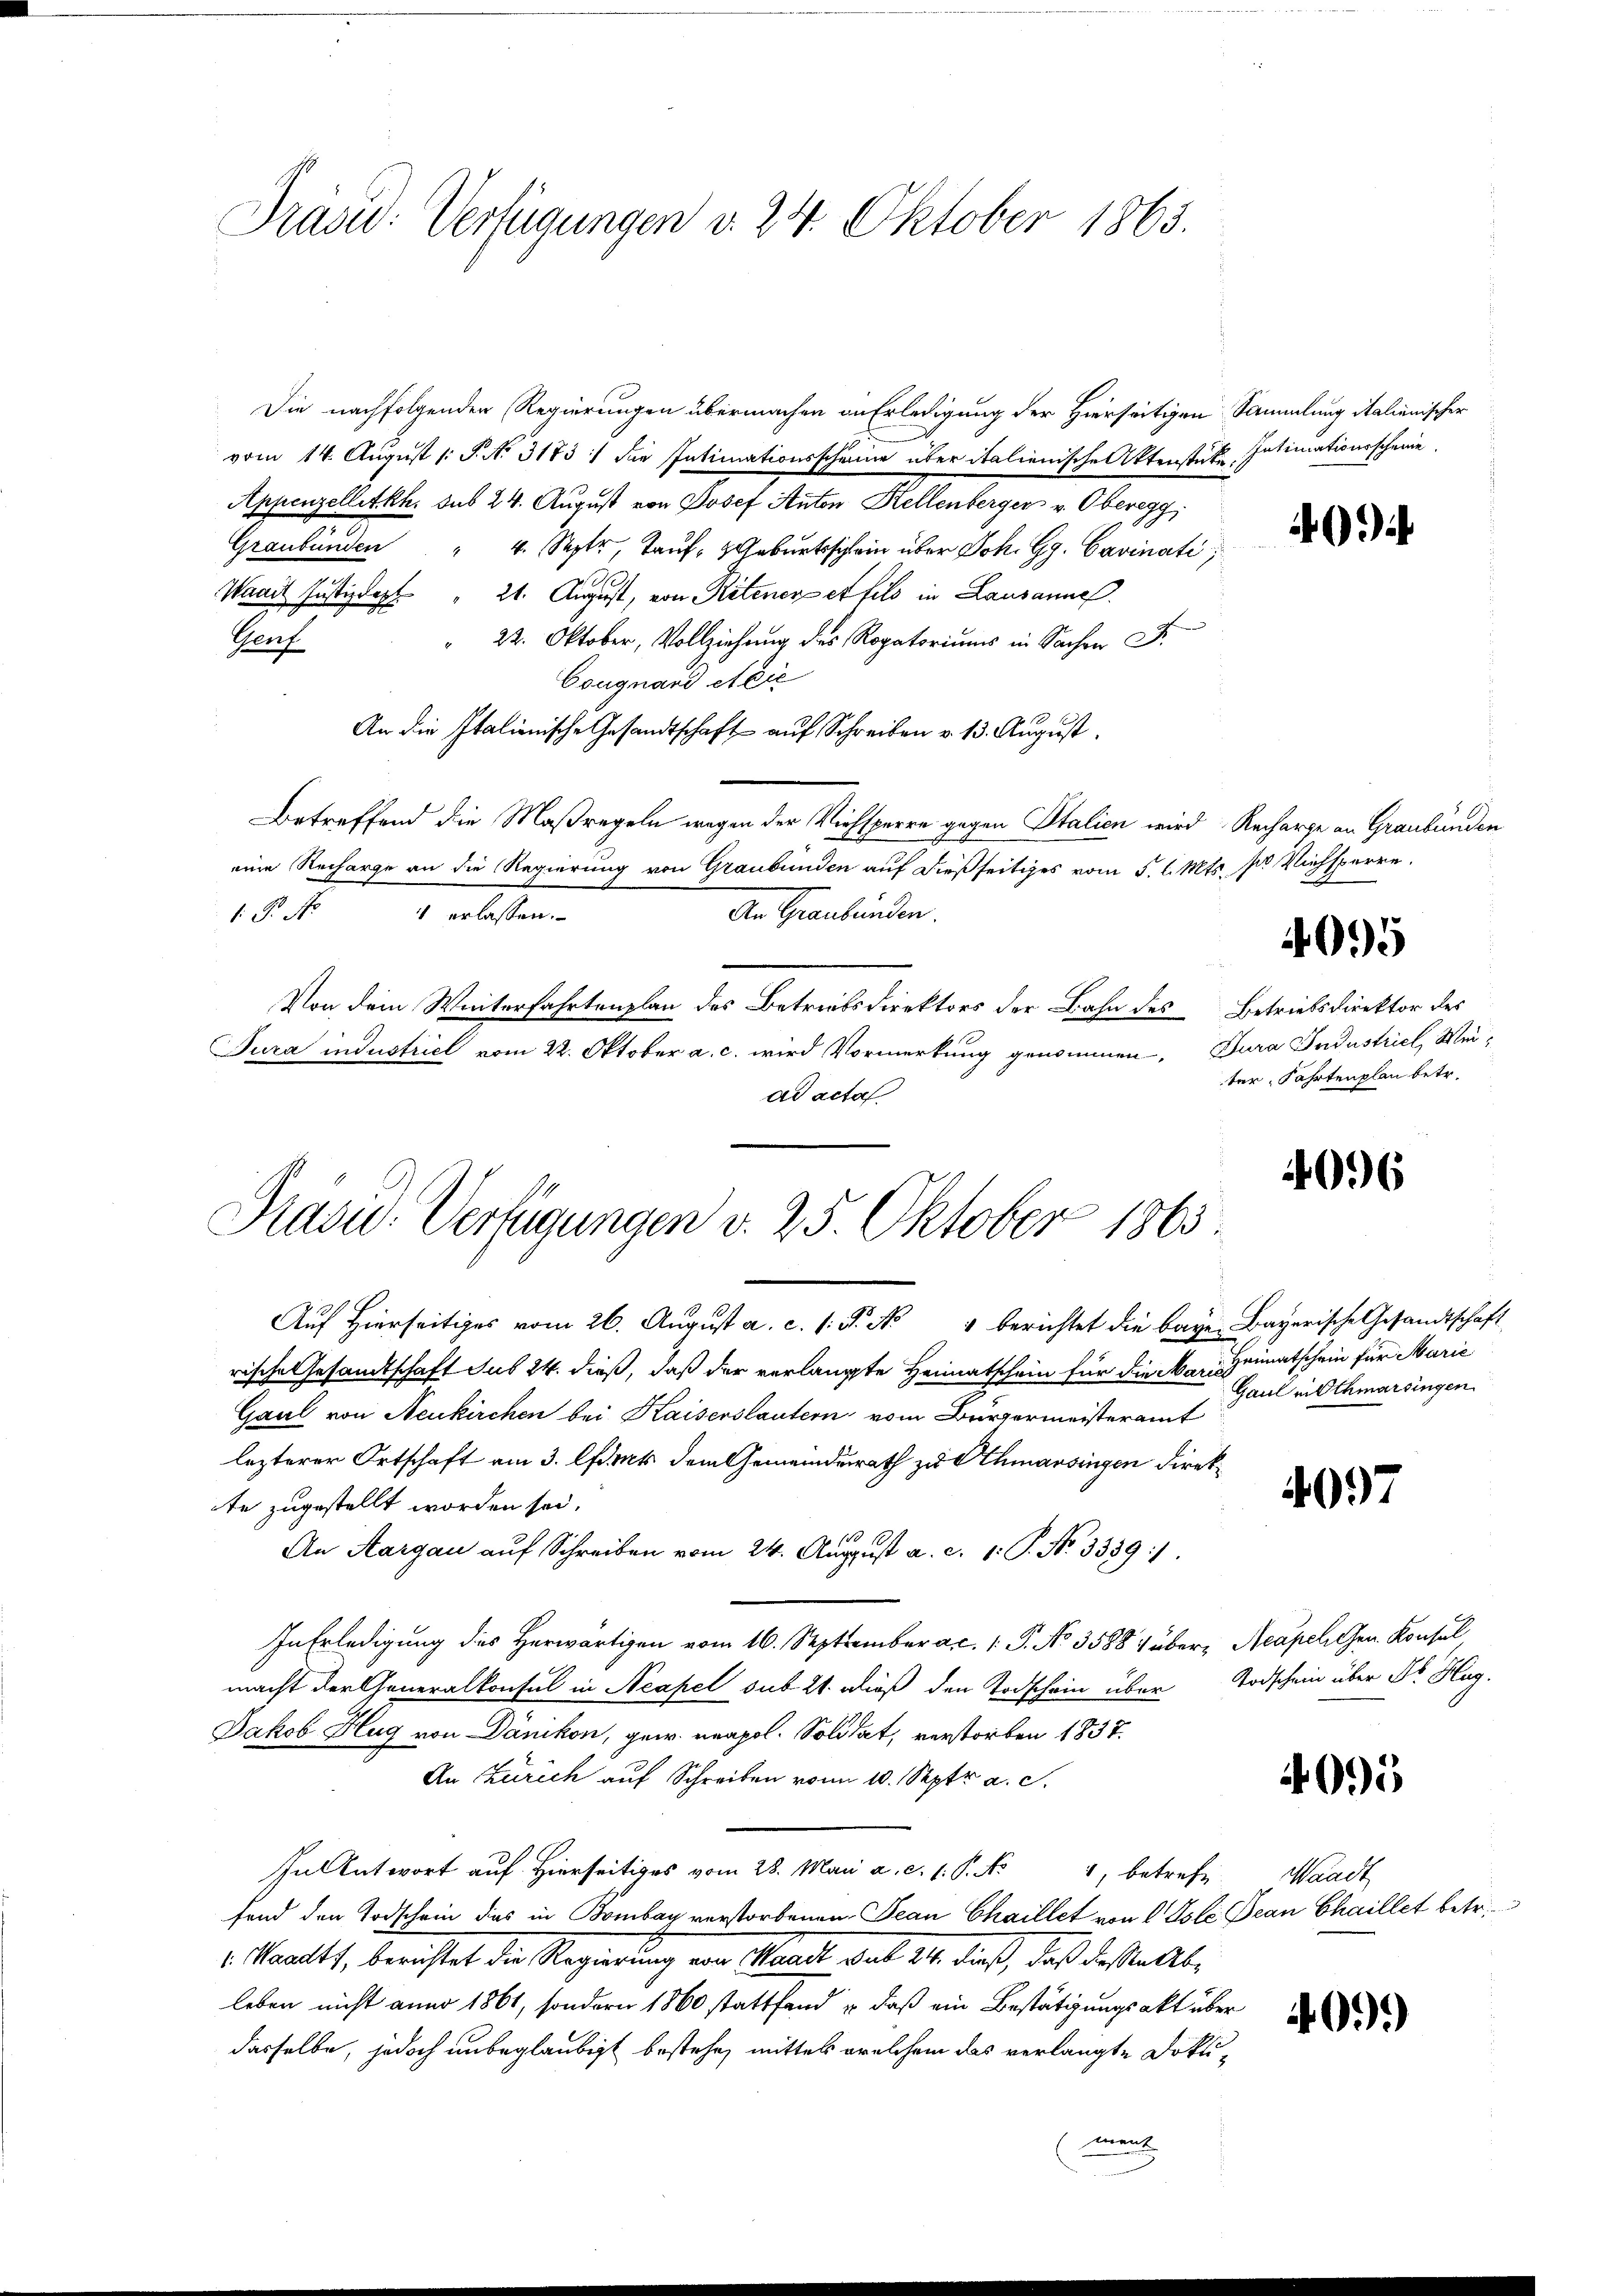
Drasu: Verfügungen v. 24. Oktober 1863.

Die nachfolgenden Regierungen übermachen in Erledigung der Hierseitigen Sammlung italienischer
vom 14. August 1 P. No. 3173 :/ die Intimationsscheine über italienische Aktenstücke. Intimationsscheine
Appenzelletkh. sub 24. August von Josef Anton Hellenberger v. Oberegg,
Graubünden " 4. Sept, Tauf- Geburtsschein über Joh. Gg. Cavinati
Waadt Justizdeph " 21. August, von Retener et fils in Lausanne.
" 22. Oktober, Vollziehung des Rogatoriums in Sachen Fr.
Genf
Cougnard Steie
An die Italienische Gesandtschaft aŭf Schreiben v. 13. Aŭgŭst
Betreffend die Maßregeln wegen der Viehsperre gegen Stalien wird, Recharge an Graubünden
eine Recharge an die Regierung von Graubünden auf dießseitiges vom 5. l. Mts. pr Viehsperre
An Graubünden.
1 P. No 4 erlassen.
Von dem Winterfahrtenplan des Betriebsdirektors der Bahn des Betriebsdirektor des
Jura industrict vom 22. Oktober a. c. wird Vormerkung genommen. Jura Industriel, Meiad acta

Präsid. Verfügungen d. 25. Oktober 1865.

Auf Hierseitiges vom 26. August a. c. s. P. No 4 berichtet die baye Bayerische Gesandtschaft
rischen Gesamtschaft sus 24. dieß, daß der verlangte Heimatschein für die Mann Heimatschein für Marie
Gaul von Neukirchen bei Kaisers lautern vom Bürgermeisteramt
lezterer Ortschaft am 3. Art dem Gemeindesrath zu Athmarsingen Direkte zugestellt worden sei.
An Aargau auf Schreiben vom 24. August a. c. 1. P. No. 3339).
In Erledigung des Herwärtigen vom 16. September a. 1 P. No 3588) über Acapel Gen. Konsul,
macht der Generalkonsul in Neapel sub 21. dieß den Todschein über Todschein über Dr. Hug
Jakob Hug von Dänikon, gew. neapol. Solidat, verstorben 1837.
An Zürich auf Schreiben von 10. Septr a. c.
Inl Antwort auf Hierseitiges vom 28. Mai a. c. 1. P. Nr. 4, betreff-
fend den Todschein dies in Bombay verstorbenen Jean Chaillet von 1 Pole Bean Chaillet betr.
1. Mart, berichtet die Regierung von Glatt das 14. dieß, daß desstellt,
leben nicht anno 1861, sondern 1860 stattfand u. daß ein Bestätigungsakt über
dasselbe, jedoch unbeglaubigt bestehe, mittel welchem das verlangte Doktiment

40.)

27

4095

ter, Fahrtenplan betr.

4096

Gaul in Othmarsingen

4097

4095

Maach